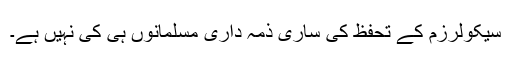
سیکولرزم کے تحفظ کی ساری ذمہ داری مسلمانوں ہی کی نہیں ہے۔